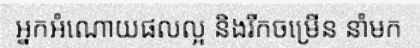
អ្នកអំណោយផលល្អ និងរីកចម្រើន នាំមក